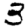
Digit: 3